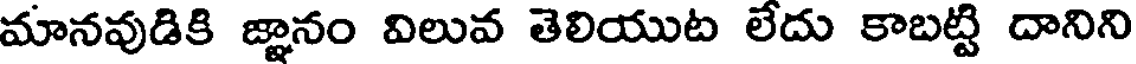
మానవుడికి జ్ఞానం విలువ తెలియుట లేదు కాబట్టి దానిని